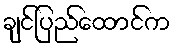
ချင်ပြည်ထောင်က